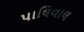
પાલિવાલ